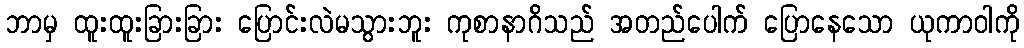
ဘာမှ ထူးထူးခြားခြား ပြောင်းလဲမသွားဘူး ကုစာနာဂိသည် အတည်ပေါက် ပြောနေသော ယုကာဝါကို